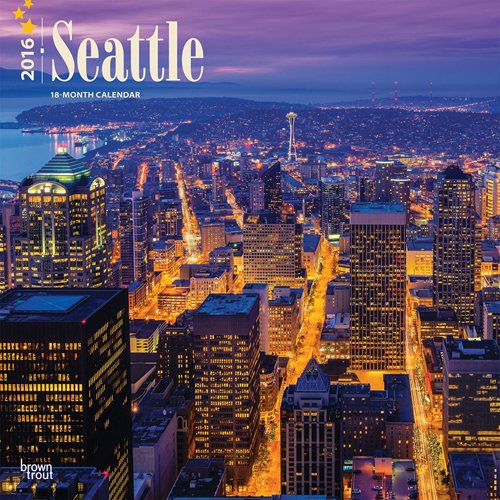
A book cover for Seattle 2016 Square 12x12 (Multilingual Edition); Browntrout Publishers; Calendars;